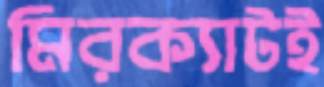
মিরক্যাটই